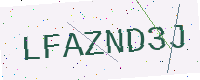
Text: LFAZND3J